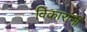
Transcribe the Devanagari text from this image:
विकारांनी